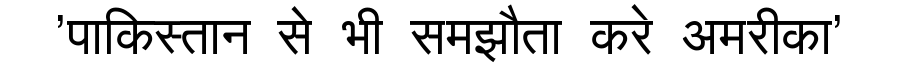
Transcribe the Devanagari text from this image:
'पाकिस्तान से भी समझौता करे अमरीका'